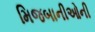
મિજબાનીઓની